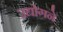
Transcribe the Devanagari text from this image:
उद्योगने